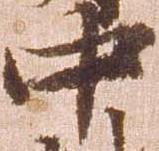
中